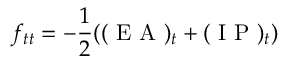
f _ { t t } = - \frac { 1 } { 2 } ( ( \mathrm { ~ E ~ A ~ } ) _ { t } + ( \mathrm { ~ I ~ P ~ } ) _ { t } )